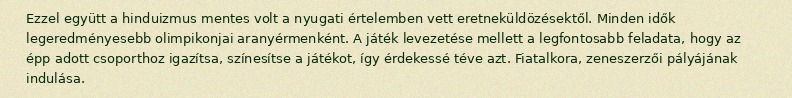
Ezzel együtt a hinduizmus mentes volt a nyugati értelemben vett eretneküldözésektől. Minden idők legeredményesebb olimpikonjai aranyérmenként. A játék levezetése mellett a legfontosabb feladata, hogy az épp adott csoporthoz igazítsa, színesítse a játékot, így érdekessé téve azt. Fiatalkora, zeneszerzői pályájának indulása.